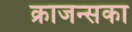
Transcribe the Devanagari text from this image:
क्राजन्सका